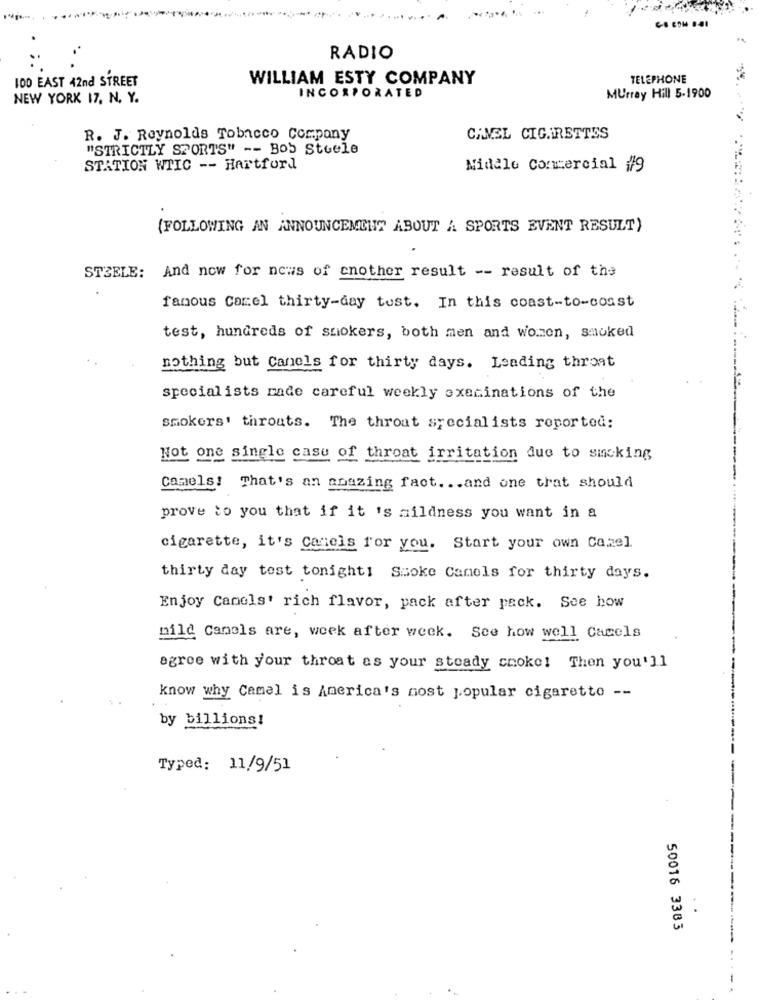
RADIO
100 EAST 42nd STREET
WILLIAM ESTY COMPANY
TELEPHONE
NEW YORK 17, N. Y.
INCORPORATED
Murray Hill 5-1900
R. J. Reynolds Tobacco Company
CANEL CIGARETTES
"STRICTLY SPORTS" -- Bob Steele
STATION WTIC -- Hartford
Nidele Comercial #9
(FOLLOWING AN ANNOUNCEMENT ABOUT A SPORTS EVENT RESULT)
And now for news of another result -- result of the
STEELE:
famous Camel thirty-day tust. In this coast-to-coast
test, hundreds of smokers, both men and women, smoked
nothing but Canels for thirty days. Leading throat
special ists made careful weekly examinations of the
smokers' throats. The throat specialists reported:
Not one single case of throat irritation due to smoking
Comels! That's an amazing fact ... and one that should
prove to you that if it 's nildness you want in a
cigarette, it's Canels for you. Start your own Ca.zel
thirty day tost tonight! Ssoke Camels for thirty days.
Enjoy Canels' rich flavor, pack after pack. See how
mild Camels are, week after week. See how well Cacels
agree with your throat as your steady choke! Then you'll
know why Camel is America's most popular cigaretto --
by billions!
Typed: 11/9/51
50016 3383